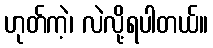
ဟုတ်ကဲ့၊ လဲလို့ရပါတယ်။